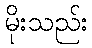
မိုးသည်း